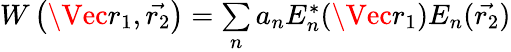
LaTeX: \begin{array}{r}{W\left(\Vec{{r}_{1}},\vec{{r}_{2}}\right)=\underset{n}{\sum}{a}_{n}{E}_{n}^{*}(\Vec{{r}_{1}}){E}_{n}(\vec{{r}_{2}})}\end{array}